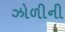
ઝોળીની